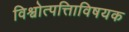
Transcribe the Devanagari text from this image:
विश्वोत्पत्तिाविषयक